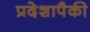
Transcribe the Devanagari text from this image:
प्रदेशापैकी